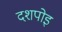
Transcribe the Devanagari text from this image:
दशपोइ